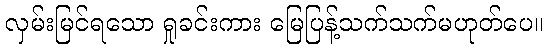
လှမ်းမြင်ရသော ရှုခင်းကား မြေပြန့်သက်သက်မဟုတ်ပေ။